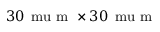
3 0 \, \mathrm { \ m u } \mathrm { ~ m ~ } \times 3 0 \, \mathrm { \ m u } \mathrm { ~ m ~ }